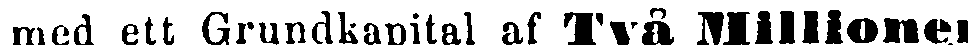
med ett Grundkapital af Två Millioner